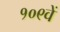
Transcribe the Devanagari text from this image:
१०९वें